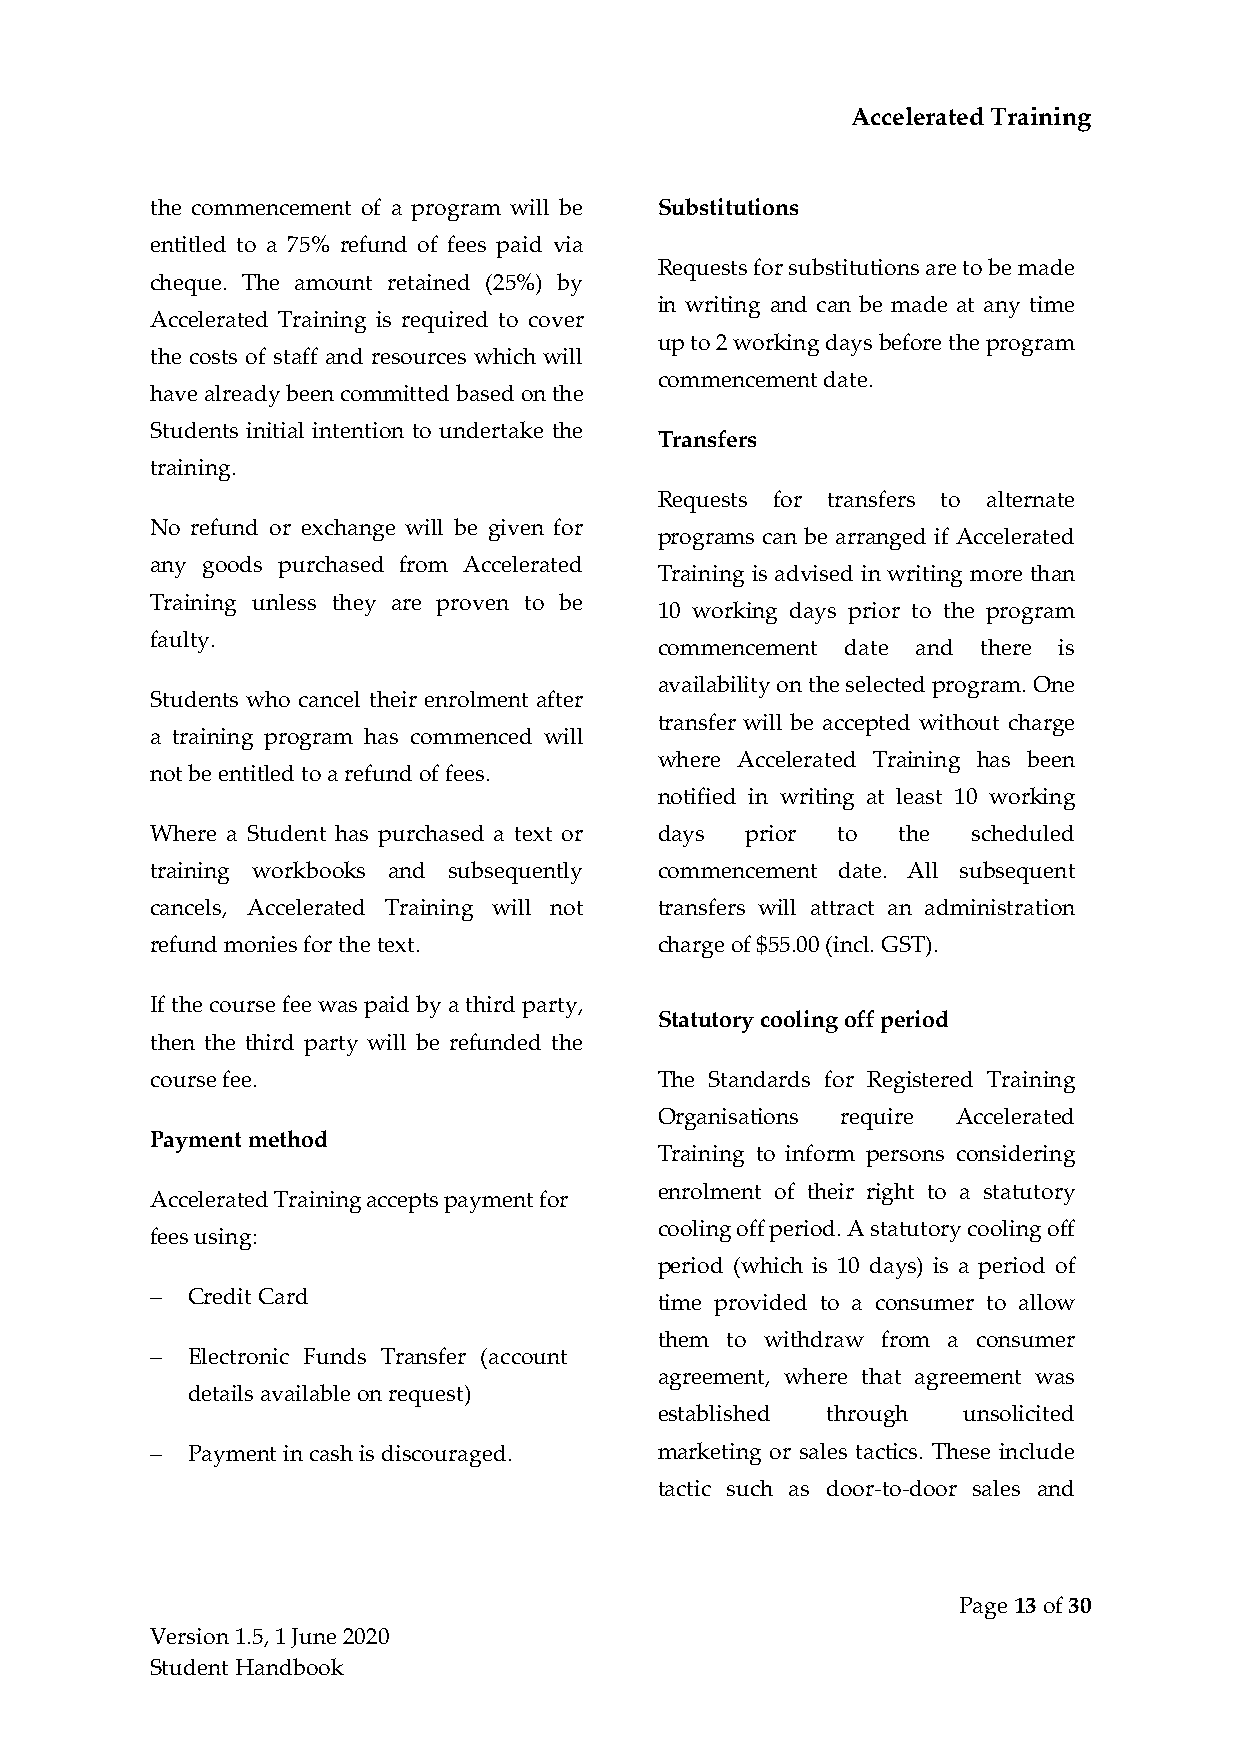
Accelerated Training
 the commencement of a program will be Substitutions
 entitled to a 75% refund of fees paid via
 Requests for substitutions are to be made
 cheque. The amount retained (25%) by
 in writing and can be made at any time
 Accelerated Training is required to cover
 up to 2 working days before the program
 the costs of staff and resources which will
 commencement date.
 have already been committed based on the
 Students initial intention to undertake the
 Transfers
 training.
 Requests for transfers to alternate
 No refund or exchange will be given for
 programs can be arranged if Accelerated
 any goods purchased from Accelerated
 Training is advised in writing more than
 Training unless they are proven to be
 10 working days prior to the program
 faulty.
 commencement date and there is
 availability on the selected program. One
 Students who cancel their enrolment after
 transfer will be accepted without charge
 a training program has commenced will
 where Accelerated Training has been
 not be entitled to a refund of fees.
 notified in writing at least 10 working
 Where a Student has purchased a text or days prior to the scheduled
 training workbooks and subsequently commencement date. All subsequent
 cancels, Accelerated Training will not transfers will attract an administration
 refund monies for the text.       charge of $55.00 (incl. GST).
 If the course fee was paid by a third party,
 Statutory cooling off period
 then the third party will be refunded the
 course fee.                       The Standards for Registered Training
 Organisations require Accelerated
 Payment method
 Training to inform persons considering
 enrolment of their right to a statutory
 Accelerated Training accepts payment for
 cooling off period. A statutory cooling off
 fees using:
 period (which is 10 days) is a period of
 − Credit Card                     time provided to a consumer to allow
 them to withdraw from a consumer
 − Electronic Funds Transfer (account
 agreement, where that agreement was
 details available on request)
 established through unsolicited
 − Payment in cash is discouraged. marketing or sales tactics. These include
 tactic such as door-to-door sales and
 Page 13 of 30
 Version 1.5, 1 June 2020
 Student Handbook